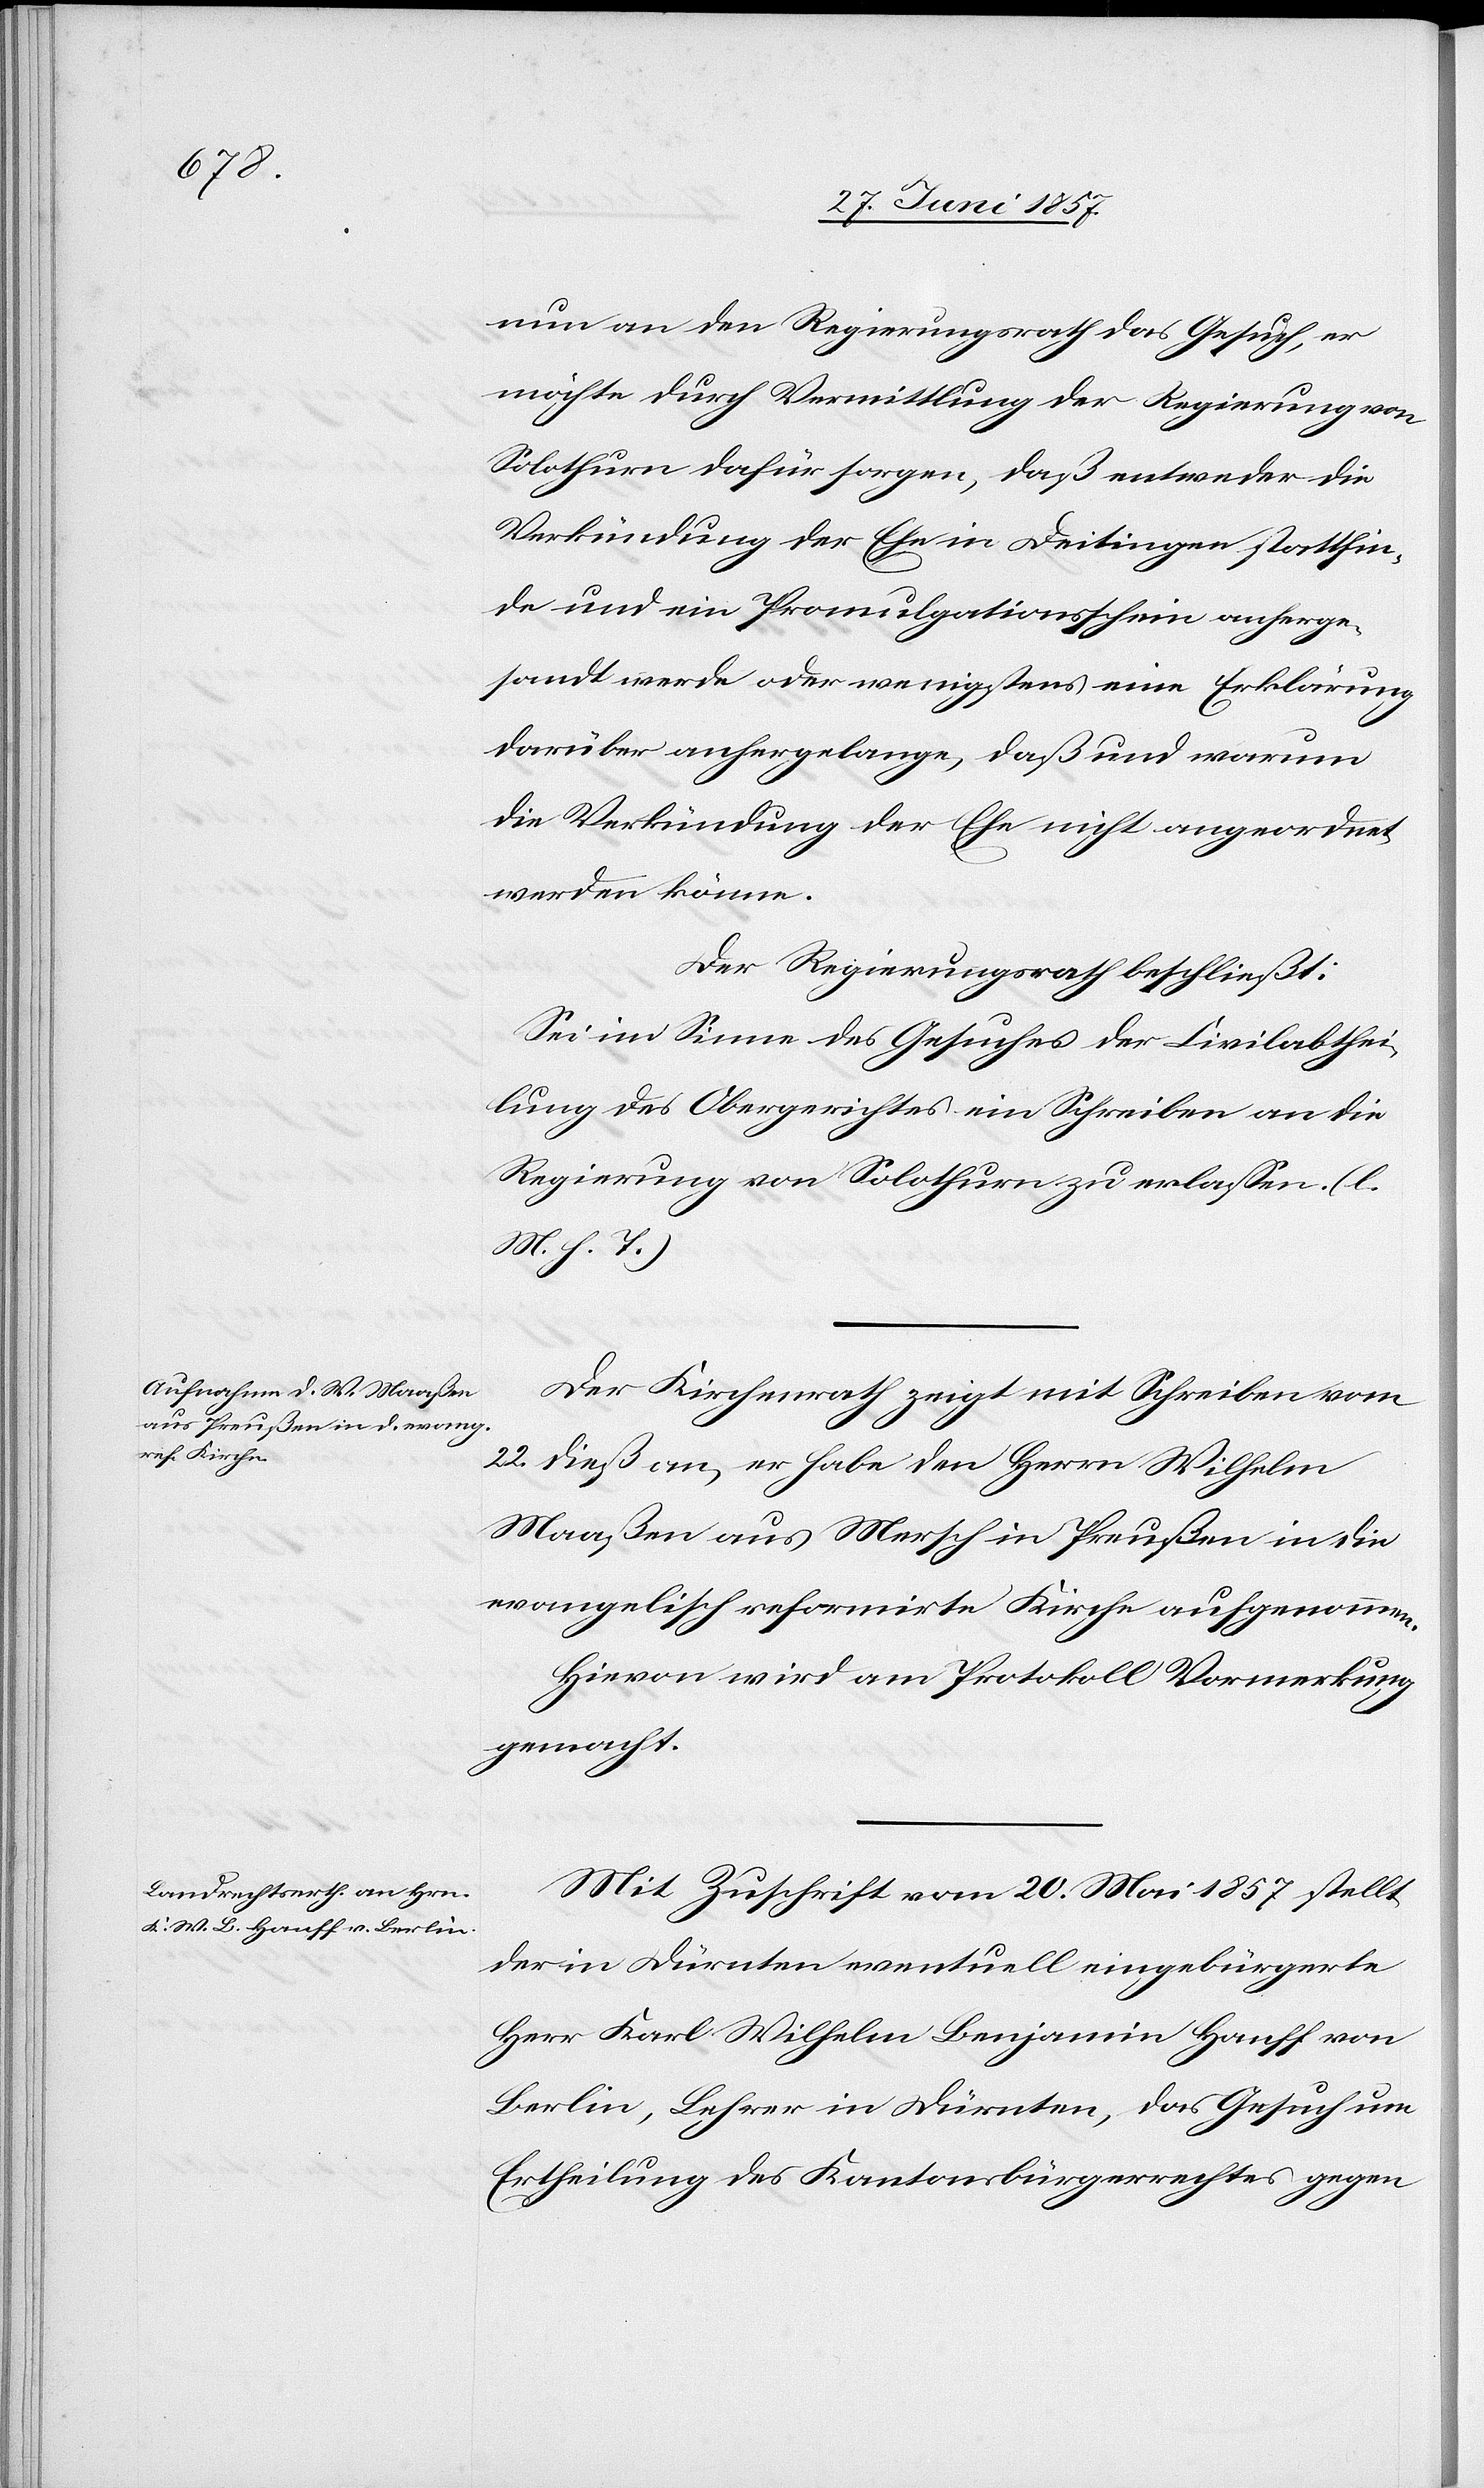
nun an den Regierungsrath das Gesuch, er
möchte durch Vermittlung der Regierung von
Solothurn dafür sorgen, daß entweder die
Verbindung der Ehe in Deitingen stattfin¬
de und ein Promulgationsschein anherge¬
sandt werde oder wenigstens eine Erklärung
darüber anhergelange, daß und warum
die Verkündung der Ehe nicht angeordnet
werden könne.
Der Regierungsrath beschließt:
Sei im Sinne des Gesuches der Civilabthei¬
lung des Obergerichtes ein Schreiben an die
Regierung von Solothurn zu erlassen. [l.
M. h. T]
Der Kirchenrath zeigt mit Schreiben vom
22 dieß an, er habe den Herrn Wilhelm
Maaßen aus Mersch in Preußen in die
evangelisch reformirte Kirche aufgenommen.
Hievon wird am Protokoll Vormerkung
gemacht.
Mit Zuschrift vom 20 Mai 1857 stellt
der in Dürnten eventuell eingebürgerte
Herr Karl Wilhelm Benjamin Hanff von
Berlin, Lehrer in Dürnten, das Gesuch um
Ertheilung des Kantonsbürgerrechtes gegen